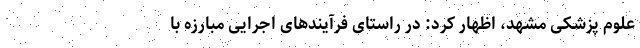
علوم پزشکی مشهد، اظهار کرد: در راستای فرآیندهای اجرایی مبارزه با